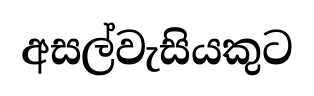
අසල්වැසියකුට